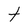
Character: t